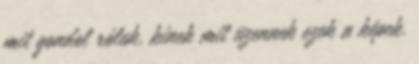
mit gondol róluk, kinek mit üzennek ezek a képek.